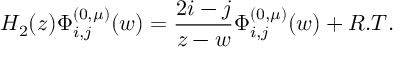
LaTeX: H _ { 2 } ( z ) \Phi _ { i , j } ^ { ( 0 , \mu ) } ( w ) = \frac { 2 i - j } { z - w } \Phi _ { i , j } ^ { ( 0 , \mu ) } ( w ) + R . T .